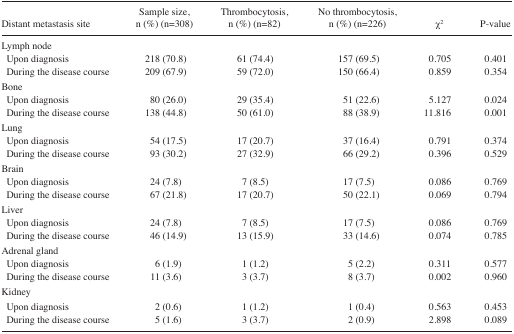
<table><thead><tr><td><b>Distant metastasis site</b></td><td><b>Sample size, n (%) (n=308)</b></td><td><b>Thrombocytosis, n (%) (n=82)</b></td><td><b>No thrombocytosis, n (%) (n=226)</b></td><td><b>χ<sup>2</sup></b></td><td><b>P-value</b></td></tr></thead><tbody><tr><td colspan="6">Lymph node</td></tr><tr><td> Upon diagnosis</td><td>218 (70.8)</td><td>61 (74.4)</td><td>157 (69.5)</td><td>0.705</td><td>0.401</td></tr><tr><td> During the disease course</td><td>209 (67.9)</td><td>59 (72.0)</td><td>150 (66.4)</td><td>0.859</td><td>0.354</td></tr><tr><td colspan="6">Bone</td></tr><tr><td> Upon diagnosis</td><td>80 (26.0)</td><td>29 (35.4)</td><td>51 (22.6)</td><td>5.127</td><td>0.024</td></tr><tr><td> During the disease course</td><td>138 (44.8)</td><td>50 (61.0)</td><td>88 (38.9)</td><td>11.816</td><td>0.001</td></tr><tr><td colspan="6">Lung</td></tr><tr><td> Upon diagnosis</td><td>54 (17.5)</td><td>17 (20.7)</td><td>37 (16.4)</td><td>0.791</td><td>0.374</td></tr><tr><td> During the disease course</td><td>93 (30.2)</td><td>27 (32.9)</td><td>66 (29.2)</td><td>0.396</td><td>0.529</td></tr><tr><td>Brain</td><td></td><td></td><td></td><td></td><td></td></tr><tr><td> Upon diagnosis</td><td>24 (7.8)</td><td>7 (8.5)</td><td>17 (7.5)</td><td>0.086</td><td>0.769</td></tr><tr><td> During the disease course</td><td>67 (21.8)</td><td>17 (20.7)</td><td>50 (22.1)</td><td>0.069</td><td>0.794</td></tr><tr><td colspan="6">Liver</td></tr><tr><td> Upon diagnosis</td><td>24 (7.8)</td><td>7 (8.5)</td><td>17 (7.5)</td><td>0.086</td><td>0.769</td></tr><tr><td> During the disease course</td><td>46 (14.9)</td><td>13 (15.9)</td><td>33 (14.6)</td><td>0.074</td><td>0.785</td></tr><tr><td colspan="6">Adrenal gland</td></tr><tr><td> Upon diagnosis</td><td>6 (1.9)</td><td>1 (1.2)</td><td>5 (2.2)</td><td>0.311</td><td>0.577</td></tr><tr><td> During the disease course</td><td>11 (3.6)</td><td>3 (3.7)</td><td>8 (3.7)</td><td>0.002</td><td>0.960</td></tr><tr><td colspan="6">Kidney</td></tr><tr><td> Upon diagnosis</td><td>2 (0.6)</td><td>1 (1.2)</td><td>1 (0.4)</td><td>0.563</td><td>0.453</td></tr><tr><td> During the disease course</td><td>5 (1.6)</td><td>3 (3.7)</td><td>2 (0.9)</td><td>2.898</td><td>0.089</td></tr></tbody></table>